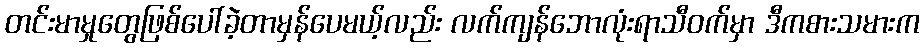
တင်းမာမှုတွေဖြစ်ပေါ်ခဲ့တာမှန်ပေမယ့်လည်း လက်ကျန်ဘောလုံးရာသီဝက်မှာ ဒီကစားသမားက